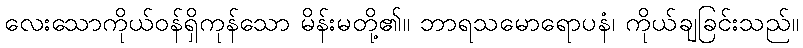
လေးသောကိုယ်ဝန်ရှိကုန်သော မိန်းမတို့၏။ ဘာရသမောရောပနံ၊ ကိုယ်ချခြင်းသည်။